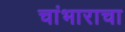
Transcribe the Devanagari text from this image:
चांभाराचा